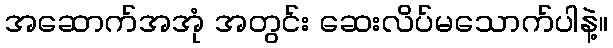
အဆောက်အအုံ အတွင်း ဆေးလိပ်မသောက်ပါနဲ့။